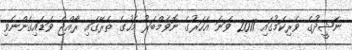
ނަޝީދުގެ ވެރިކަމުގައި 2011 ވަނަ އަހަރުގެ ނޮވެމްބަރު މަހުގެ ތެރޭގައި ރާއްޖެ ވަޑައިގެންނެވި